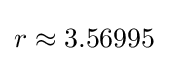
r\approx 3.56995